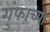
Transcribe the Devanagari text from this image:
गुंफाच्या